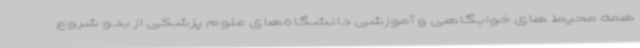
همه محیط های خوابگاهی و آموزشی دانشگاه‌های علوم پزشکی از بدو شروع